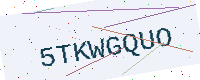
Text: 5TKWGQUO